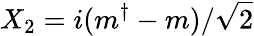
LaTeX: X_{2}=i(m^{\dagger}-m)/\sqrt{2}